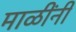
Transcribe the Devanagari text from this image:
माळींनी